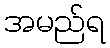
အမည်ရ